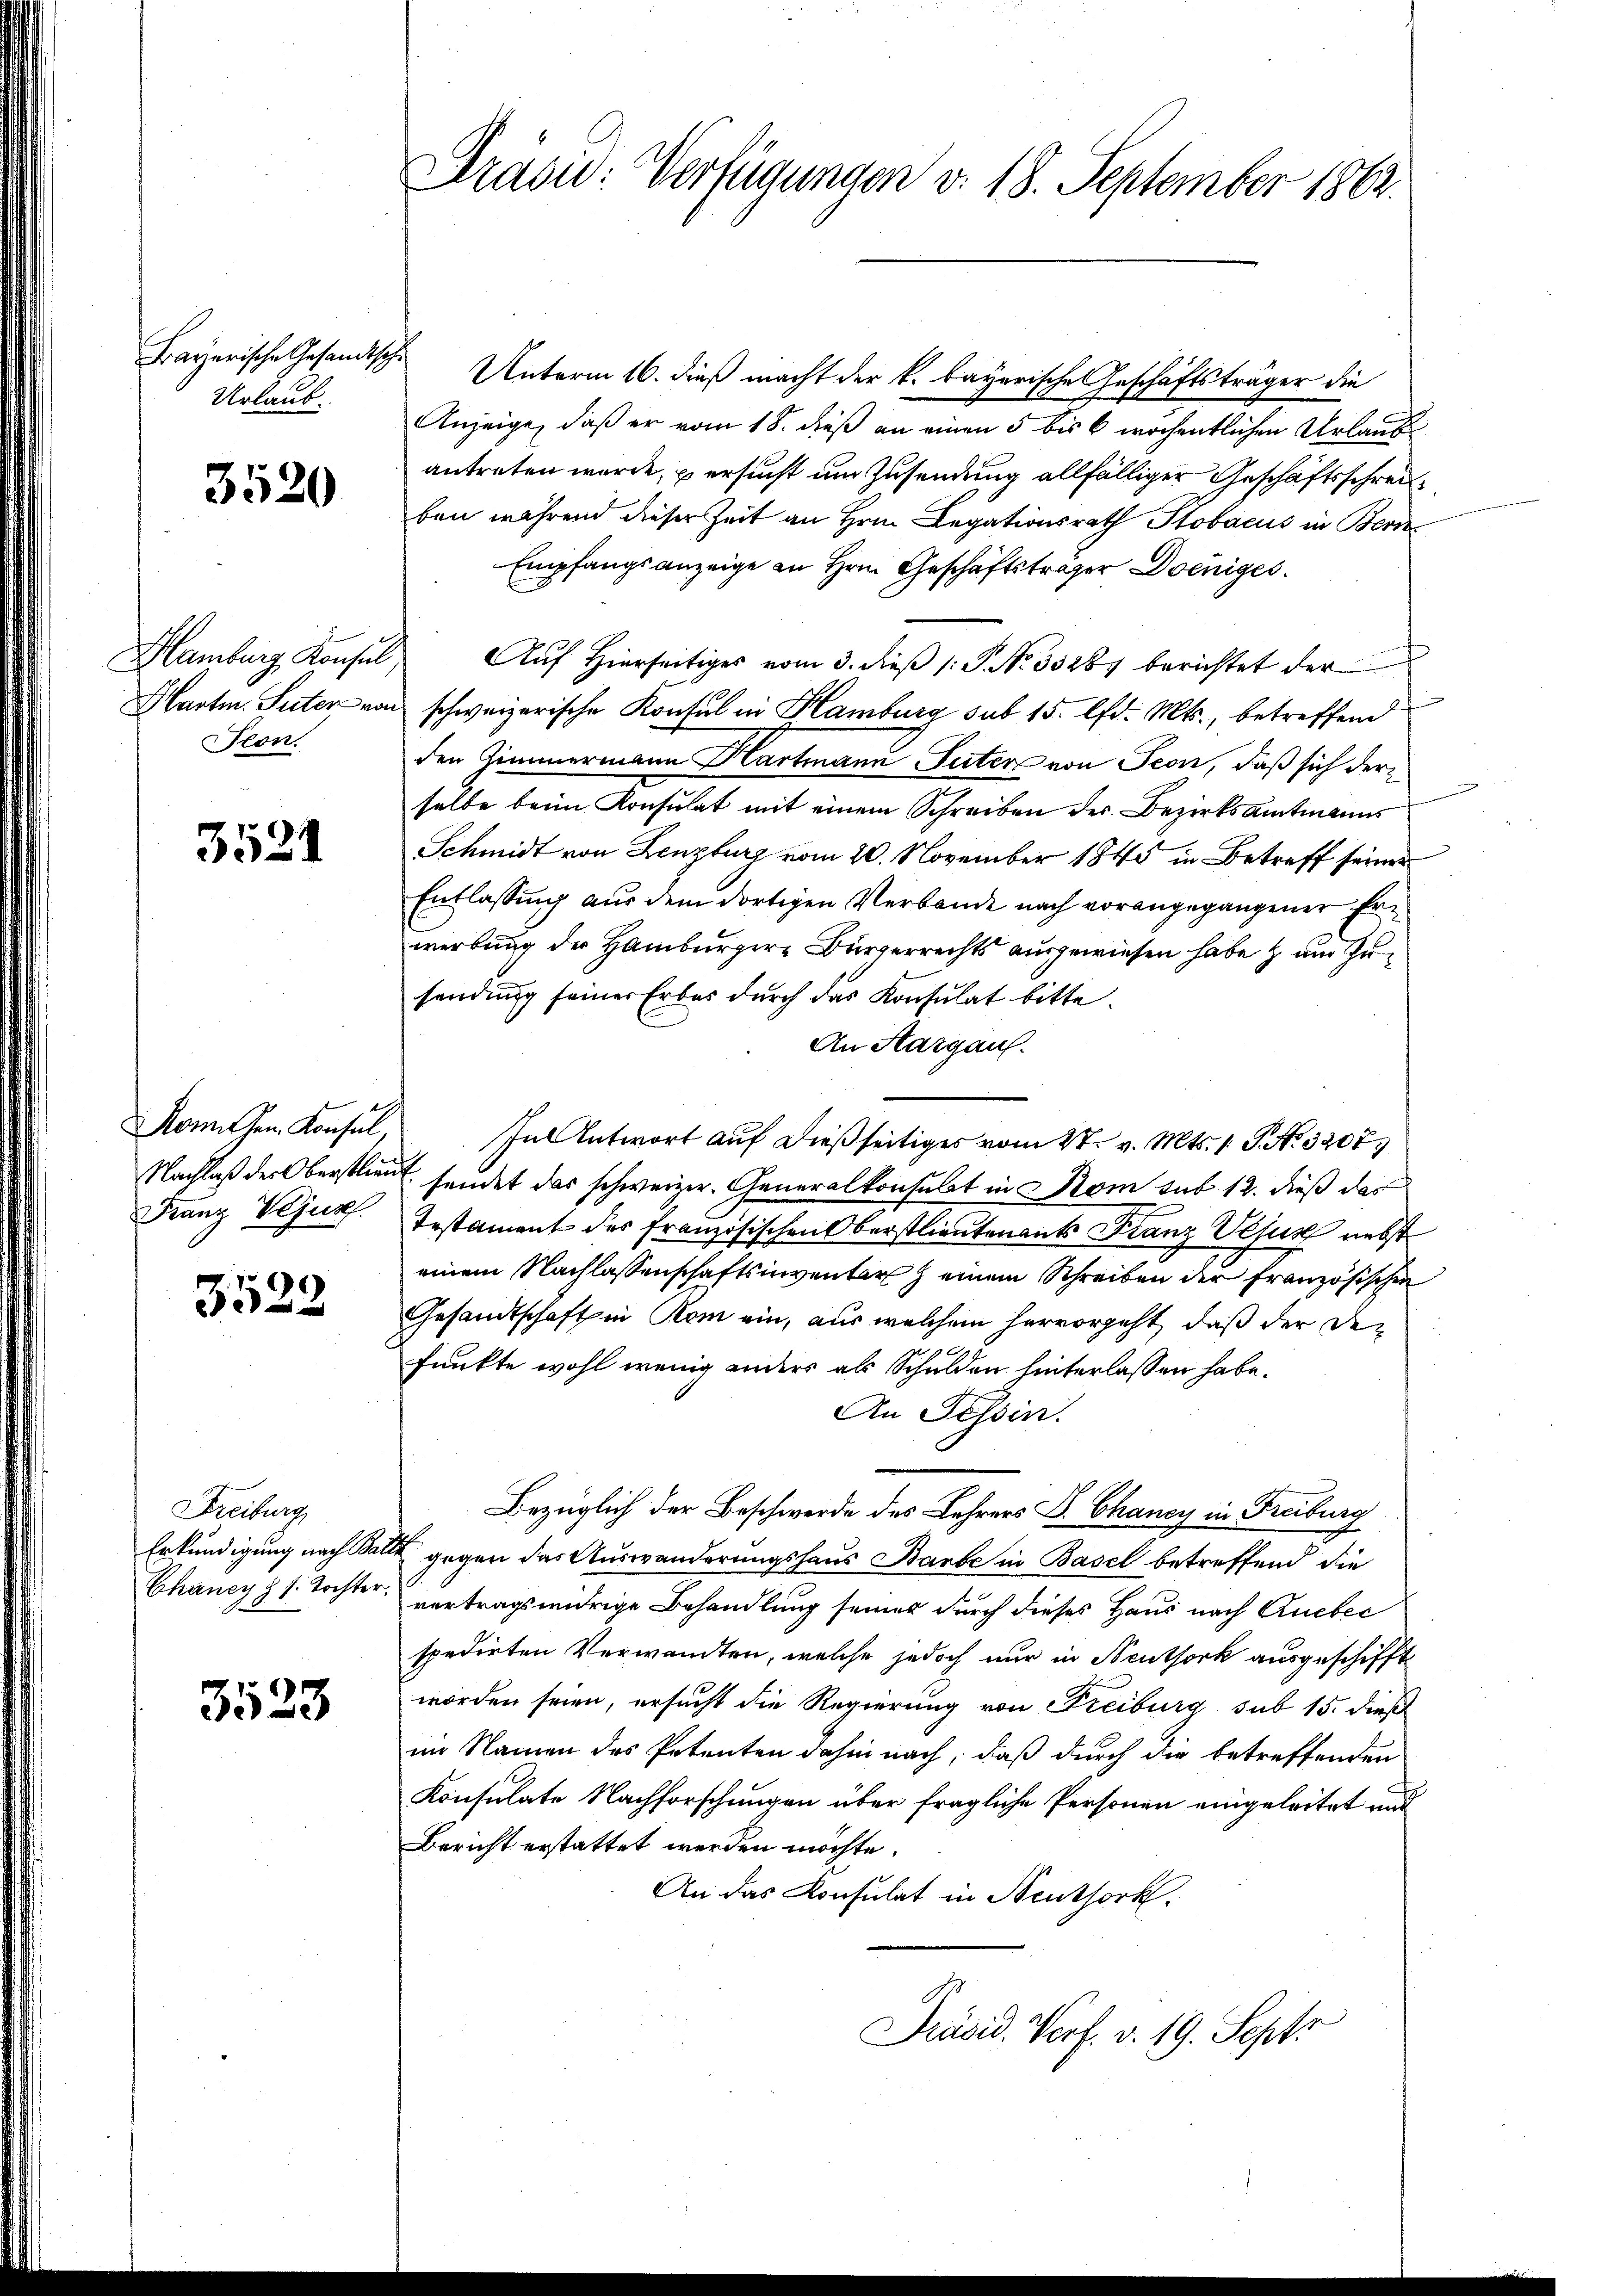
Bayerische Gesandtsch
Urlaub.

3520

Hamburg, Konsul
Hartin. Suter von
Seon.

3521

Komitten Konsul,
Nachlaß der Oberstlieu
Franz Vejus.

3522

Freiburg
Erkundigung nach Bar
Chancy z s. Tochter.

3523

Prasid: Verfügungen v. 18. September 1862.

Unterm 16. dieß macht der k. bayerische Geschäftsträger die
Anzeige, daß er vom 18. dieß an einen 5 bis 6 wöchentlichen Urlaub
antreten wurde, u ersucht um Zusendung allfälliger Geschäftsschreiben während dieser Zeit an Hrn. Legationsrath Stobacus in Bern
Empfangsanzeige an Hrn. Geschäftsträger Doeniges
Auf Hierseitiges vom 3. dieß (: S. No. 33267 berichtet der
schweizerische Konsul in Hamburg sub 15. lfd. Mts., betreffend
den Zimmermann Hartmann Suter von Seon, daß sich derselbe beim Konsulat mit einem Schreiben der Bezirksamtmanns
Schmidt von Lenzburg vom 20. November 1845 in Betreff seiner
Entlassung aus dem dortigen Verbande nach vorangegangener Erwerbung der Hamburgere Bürgerrechts ausgewiesen habe zum Zusendung seiner Erbes dŭrch das Konsulat bitte.
An Aargau.
In Antwort auf dießseitiges vom St. v. Mts. 1 S. N. 3207
sendet das schweizer. Generalkonsulat in Som sub 12. dieß das
Testament des Französischen Oberstlieutenants Franz Vejus nebst
einem Nachlassenschaftsinventar einem Schreiben der französischen
Gesandtschaft in Rom ein, aus welchem hervorgeht, daß der Defunkte wohl wenig anders als Schulden hinterlassen habe.
An Tessin.
Bezüglich der Beschwerde des Lehrers Dr. Chancy in Freiburg
gegen das Auswanderungshaus Barbe in Basel betreffend die
vertragswidrige Behandlung seines durch dieses Haus nach Ruebec
spedirten Verwandten, welche jedoch nur in Neuthork ausgeschifft
worden seien, ersucht die Regierung von Freiburg sub 15. dieß
im Namen des Petenten dahin nach, daß durch die betreffenden
Konsulate Nachforschungen über fragliche Personen eingeleitet mit
Bericht erstattet werden möchte.
An das Konsulat in Neuthork
Präsid. Vorf. v. 19. Sept.